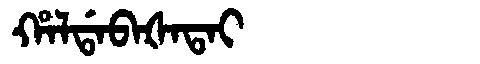
Manchu: ᡥᠠᠯᡩᠠᠪᠠᡧᠠᡨᠠᡳ
Romanization: HALDABAŠATAI